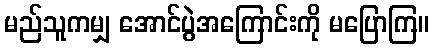
မည်သူကမျှ အောင်ပွဲအကြောင်းကို မပြောကြ။